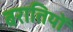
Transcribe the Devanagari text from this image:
बरातियों